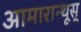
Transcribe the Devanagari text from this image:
आमारान्थूस्